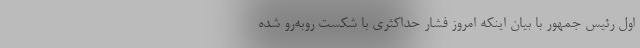
اول رئیس جمهور با بیان اینکه امروز فشار حداکثری با شکست روبه‌رو شده